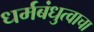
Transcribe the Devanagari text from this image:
धर्मबंधुत्वाचा